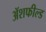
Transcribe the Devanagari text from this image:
ॲशफील्ड